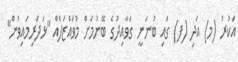
އަކުރު (މ) އަދި (ފ) ގައި ބުނަނީ ގަވާއިދުގެ ބޭނުމަށް މުވައްޒަފެއް ''ޅަދަރިމައިވުން''